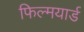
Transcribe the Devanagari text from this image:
फिल्मयार्ड